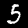
Digit: 5